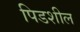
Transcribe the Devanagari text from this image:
पिडशील